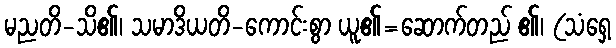
မညတိ-သိ၏၊ သမာဒိယတိ-ကောင်းစွာ ယူ၏=ဆောက်တည် ၏၊ (သံရှေ့